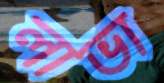
লাভা